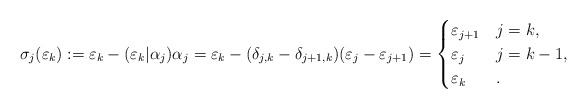
\begin{align*}\sigma_{j}(\varepsilon_k)&:=\varepsilon_k-(\varepsilon_k|\alpha_j)\alpha_j = \varepsilon_k-(\delta_{j,k}-\delta_{j+1,k})(\varepsilon_j-\varepsilon_{j+1}) = \begin{cases}\varepsilon_{j+1} & j=k, \\ \varepsilon_{j} & j=k-1, \\\varepsilon_k & .\end{cases}\end{align*}